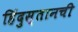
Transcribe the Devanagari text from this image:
हिंदुस्तानची